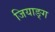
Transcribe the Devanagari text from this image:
जियाङ्ग